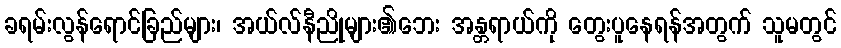
ခရမ်းလွန်ရောင်ခြည်များ၊ အယ်လ်နီညိုများ၏ဘေး အန္တရာယ်ကို တွေးပူနေရန်အတွက် သူမတွင်